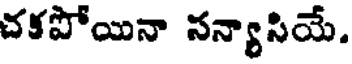
చకపోయినా నన్యాసియే.